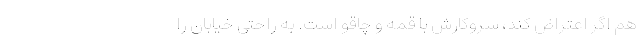
هم اگر اعتراض کند، سروکارش با قمه و چاقو است. به راحتی خیابان را